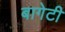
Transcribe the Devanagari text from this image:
बागेटी